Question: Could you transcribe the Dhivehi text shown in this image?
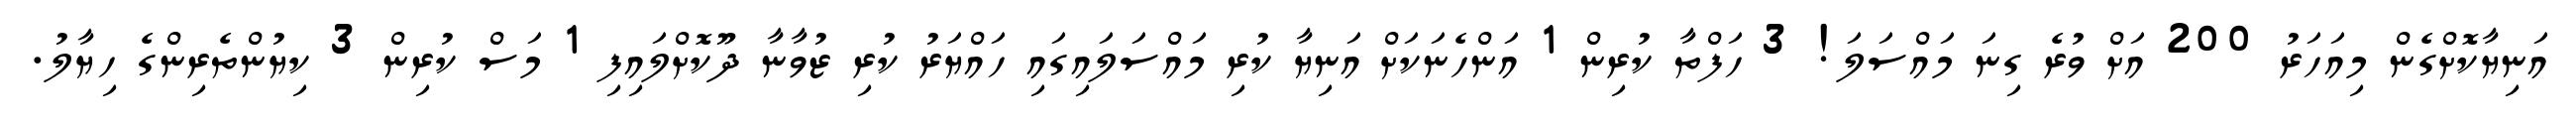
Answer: އަނިޔާކޮށްގެން މިއަހަރު 200 އަށް ވުރެ ގިނަ މައްސަލަ! 3 ހަފްތާ ކުރިން 1 އަންހެނަކަށް އަނިޔާ ކުރި މައްސަލައިގައި ހައްޔަރު ކުރި ޒުވާނާ ދޫކޮށްލައިފި 1 މަސް ކުރިން 3 ކިޔުންތެރިންގެ ހިޔާލު.